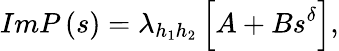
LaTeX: ImP\left(s\right)=\lambda_{h_{1}h_{2}}\left[A+Bs^{\delta}\right],